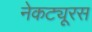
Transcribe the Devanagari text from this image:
नेकट्यूरस